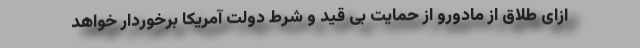
ازای طلاق از مادورو از حمایت بی قید و شرط دولت آمریکا برخوردار خواهد